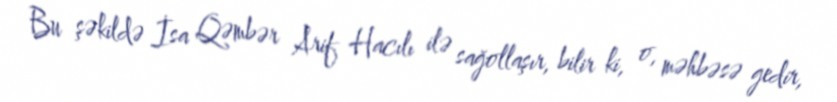
Bu şəkildə İsa Qəmbər Arif Hacılı ilə sağollaşır, bilir ki, o, məhbəsə gedir,